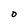
Character: O